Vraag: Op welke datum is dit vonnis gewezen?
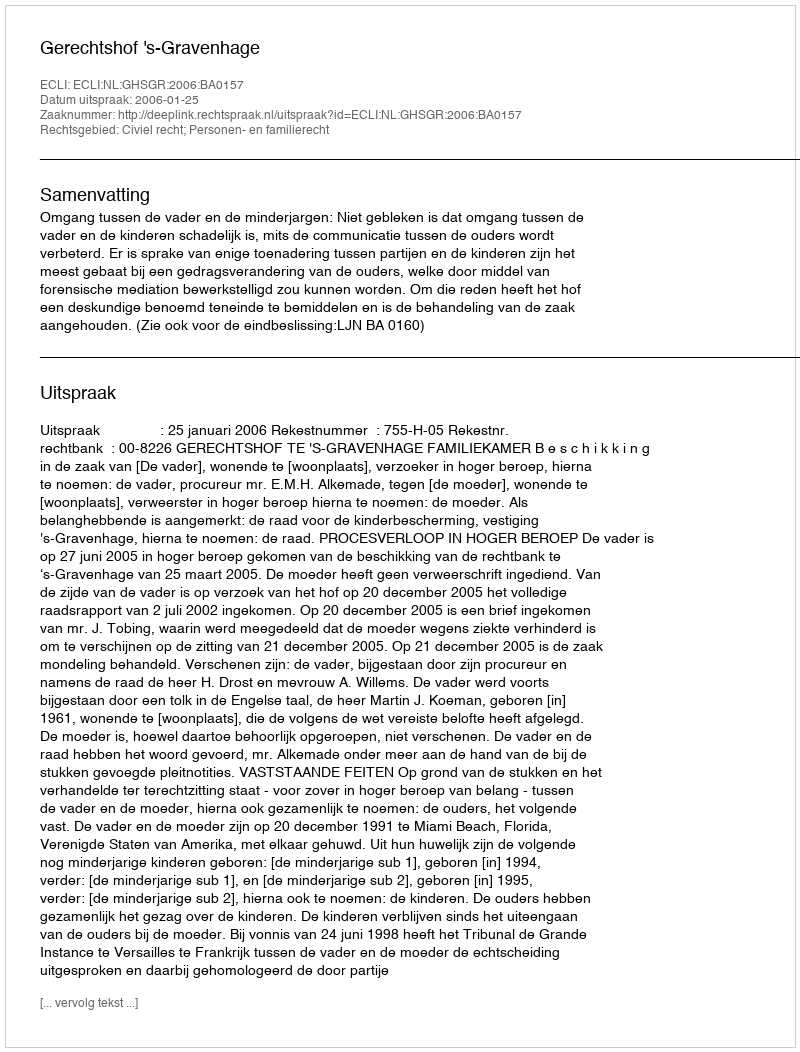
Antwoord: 2006-01-25